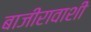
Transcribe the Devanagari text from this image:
बाजीरावाशीं